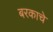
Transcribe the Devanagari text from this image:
बरकाचे